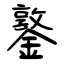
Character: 鐜